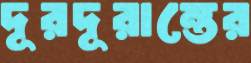
দূরদূরান্তের